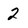
Character: 2